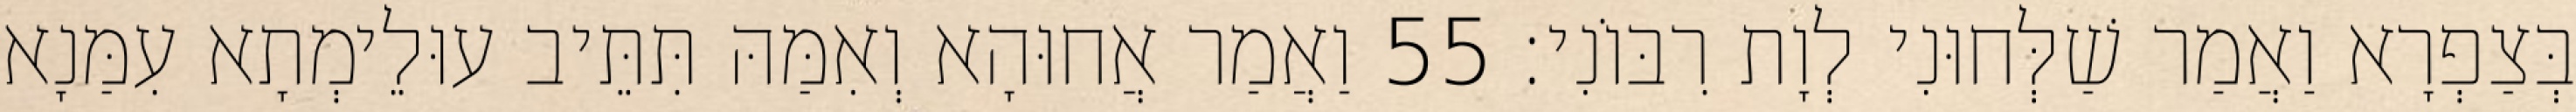
בְּצַפְרָא וַאֲמַר שַׁלְּחוּנִי לְוָת רִבּוֹנִי׃ 55 וַאֲמַר אֲחוּהָא וְאִמַּהּ תִּתֵּיב עוּלֵימְתָא עִמַּנָא